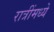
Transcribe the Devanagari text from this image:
रात्रींमध्ये